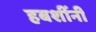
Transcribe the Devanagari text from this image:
हबशींनी